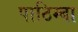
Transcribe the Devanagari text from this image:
पाठिम्बा